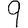
Digit: 9